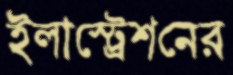
ইলাস্ট্রেশনের